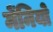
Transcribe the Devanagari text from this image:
मेंनियो